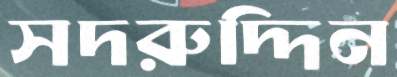
সদরুদ্দিন